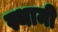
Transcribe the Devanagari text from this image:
स्थामी